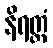
နိရတ္ထံ